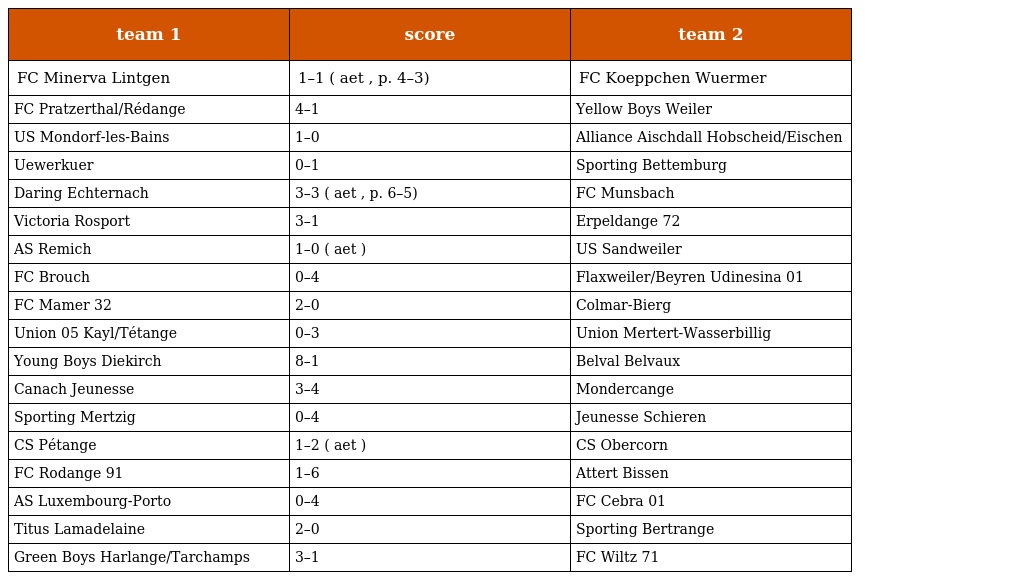
| team 1 | score | team 2 |
 | --- | --- | --- |
 | FC Minerva Lintgen | 1–1 ( aet , p. 4–3) | FC Koeppchen Wuermer |
 | FC Pratzerthal/Rédange | 4–1 | Yellow Boys Weiler |
 | US Mondorf-les-Bains | 1–0 | Alliance Aischdall Hobscheid/Eischen |
 | Uewerkuer | 0–1 | Sporting Bettemburg |
 | Daring Echternach | 3–3 ( aet , p. 6–5) | FC Munsbach |
 | Victoria Rosport | 3–1 | Erpeldange 72 |
 | AS Remich | 1–0 ( aet ) | US Sandweiler |
 | FC Brouch | 0–4 | Flaxweiler/Beyren Udinesina 01 |
 | FC Mamer 32 | 2–0 | Colmar-Bierg |
 | Union 05 Kayl/Tétange | 0–3 | Union Mertert-Wasserbillig |
 | Young Boys Diekirch | 8–1 | Belval Belvaux |
 | Canach Jeunesse | 3–4 | Mondercange |
 | Sporting Mertzig | 0–4 | Jeunesse Schieren |
 | CS Pétange | 1–2 ( aet ) | CS Obercorn |
 | FC Rodange 91 | 1–6 | Attert Bissen |
 | AS Luxembourg-Porto | 0–4 | FC Cebra 01 |
 | Titus Lamadelaine | 2–0 | Sporting Bertrange |
 | Green Boys Harlange/Tarchamps | 3–1 | FC Wiltz 71 |